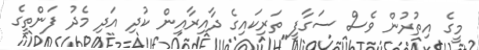
މީގެ އިތުރުން ވެސް ސަގާފީ ތަރިކައިގެ ދާއިރާއިން ކުދި އަދި މެދު ފަންތީގެ